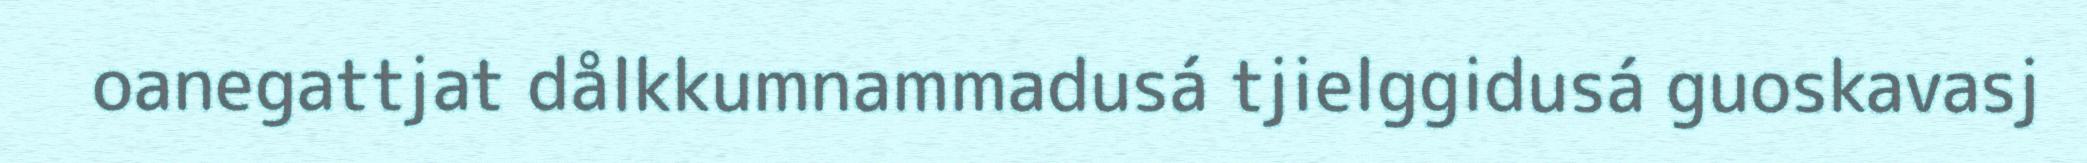
oanegattjat dålkkumnammadusá tjielggidusá guoskavasj